Report on vaccination proceedings throughout the Government of Bengal -
Year: 1868
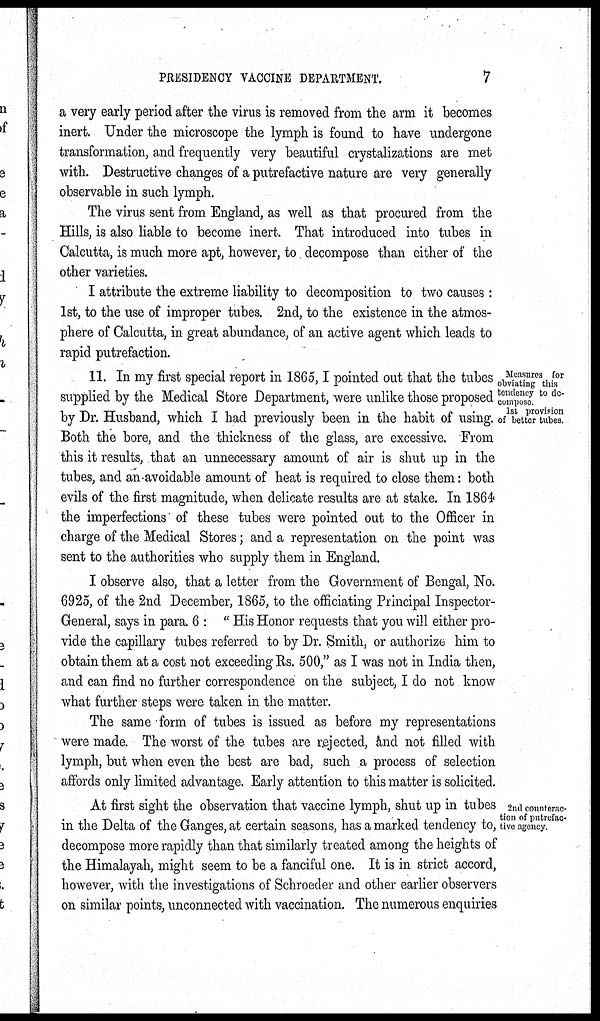
PRESIDENCY VACCINE DEPARTMENT.
7
a very early period after the virus is removed from the arm it becomes
inert. Under the microscope the lymph is found to have undergone
transformation, and frequently very beautiful crystalizations are met
with. Destructive changes of a putrefactive nature are very generally
observable in such lymph.
The virus sent from England, as well as that procured from the
Hills, is also liable to become inert. That introduced into tubes in
Calcutta, is much more apt, however, to decompose than either of the
other varieties.
I attribute the extreme liability to decomposition to two causes :
1st, to the use of improper tubes. 2nd, to the existence in the atmos-
phere of Calcutta, in great abundance, of an active agent which leads to
rapid Putrefaction.
Measures for
obviating this
tendency to de-
compose
1st provision
of better tubes
11. In my first special report in 1865, I pointed out that the tubes
supplied by the Medical Store Department, were unlike those proposed
by Dr. Husband, which I had previously been in the habit of using.
Both the bore, and the thickness of the glass, are excessive. From
this it results, that an unnecessary amount of air is shut up in the
tubes, and an avoidable amount of heat is required to close them: both
evils of the first magnitude, when delicate results are at stake. In 1864
the imperfections of these tubes were pointed out to the Officer in
charge of the Medical Stores; and a representation on the point was
sent to the authorities who supply them in England.
I observe also, that a letter from the Government of Bengal, No.
6925, of the 2nd December, 1865, to the officiating Principal Inspector-
General, says in para. 6 : " His Honor requests that you will either pro-
vide the capillary tubes referred to by Dr. Smith, or authorize him to
obtain them at a cost not exceeding Rs. 500," as I was not in India then,
and can find no further correspondence on the subject, I do not know
what further steps were taken in the matter.
The same form of tubes is issued as before my representations
were made. The worst of the tubes are rejected, and not filled with
lymph, but when even the best are bad, such a process of selection
affords only limited advantage. Early attention to this matter is solicited.
2nd counterac-
tion of putrefac-
tive agency.
At first sight the observation that vaccine lymph, shut up in tubes
in the Delta of the Ganges, at certain seasons, has a marked tendency to,
decompose more rapidly than that similarly treated among the heights of
the Himalayah, might seem to be a fanciful one. It is in strict accord,
however, with the investigations of Schroeder and other earlier observers
on similar points, unconnected with vaccination. The numerous enquiries